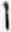
1